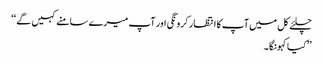
چلئے کل میں آپ کا انتظار کرونگی اور آپ میرے سامنے کہیں گے ‘‘
’’کیا کہونگا۔